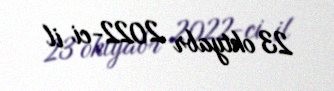
23 oktyabr 2022-ci il